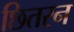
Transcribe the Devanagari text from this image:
छितरन